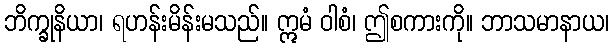
ဘိက္ခုနိယာ၊ ရဟန်းမိန်းမသည်။ ဣမံ ဝါစံ၊ ဤစကားကို။ ဘာသမာနာယ၊